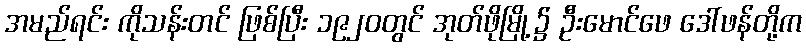
အမည်ရင်း ကိုသန်းတင် ဖြစ်ပြီး ၁၉၂၀တွင် အုတ်ဖိုမြို့၌ ဦးမောင်ဖေ ဒေါ်ဖန်တို့က